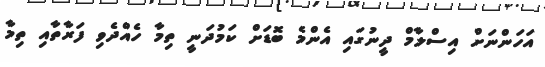
އަހަންނަށް އިސްލާމް ދީނުގައި އެންމެ ބޮޑަށް ކަމުދަނީ ތިމާ ހެއްދެވި ފަރާތާއި ތިމާ